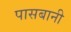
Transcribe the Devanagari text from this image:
पासबानी